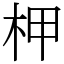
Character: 柙